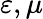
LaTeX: \varepsilon,\mu